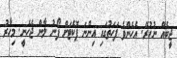
ޖީބެއް ނުހުރޭ. އެހެންވެ ފަހަތުގައި އިންނަ ޕޮކެޓަށް ފޯނު ލާން ޖެހެނީ. މިހާރު